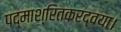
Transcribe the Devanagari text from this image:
पद्माश्रितकरद्वया।